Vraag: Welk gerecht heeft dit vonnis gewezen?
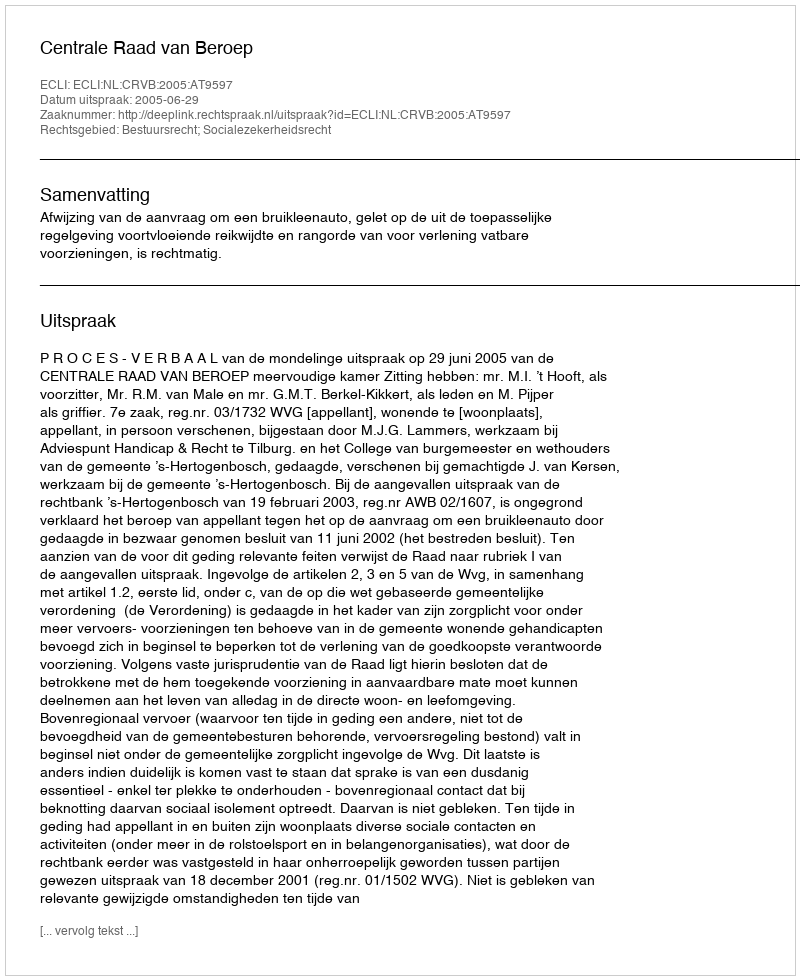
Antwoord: Centrale Raad van Beroep